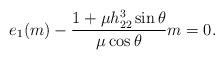
LaTeX: \begin{align*}e_1(m)-\frac{1+\mu h_{22}^3 \sin \theta}{\mu \cos \theta}m=0.\end{align*}